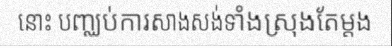
នោះ បញ្ឈប់ការសាងសង់ទាំងស្រុងតែម្តង